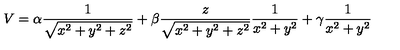
V = \alpha \frac { 1 } { \sqrt { x ^ { 2 } + y ^ { 2 } + z ^ { 2 } } } + \beta \frac { z } { \sqrt { x ^ { 2 } + y ^ { 2 } + z ^ { 2 } } } \frac { 1 } { x ^ { 2 } + y ^ { 2 } } + \gamma \frac { 1 } { x ^ { 2 } + y ^ { 2 } }